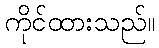
ကိုင်ထားသည်။